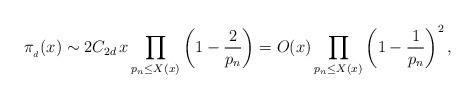
LaTeX: \begin{align*} \pi_{_d}(x)\sim 2{C}_{2d}\,x\prod_{p_n\le X(x)}\left(1-\frac{2}{p_n}\right) = O(x) \prod_{p_n\le X(x)}\left(1-\frac{1}{p_n}\right)^2,\end{align*}